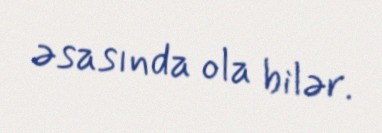
əsasında ola bilər.